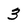
Character: 3